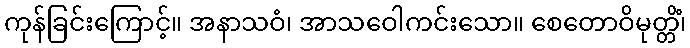
ကုန်ခြင်းကြောင့်။ အနာသဝံ၊ အာသဝေါကင်းသော။ စေတောဝိမုတ္တိံ၊